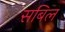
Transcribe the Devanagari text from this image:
सबिल